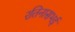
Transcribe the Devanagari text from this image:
रतिनासभई